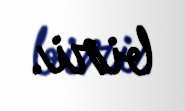
biri.